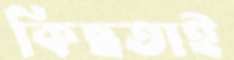
কিছতাই